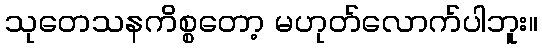
သုတေသနကိစ္စတော့ မဟုတ်လောက်ပါဘူး။